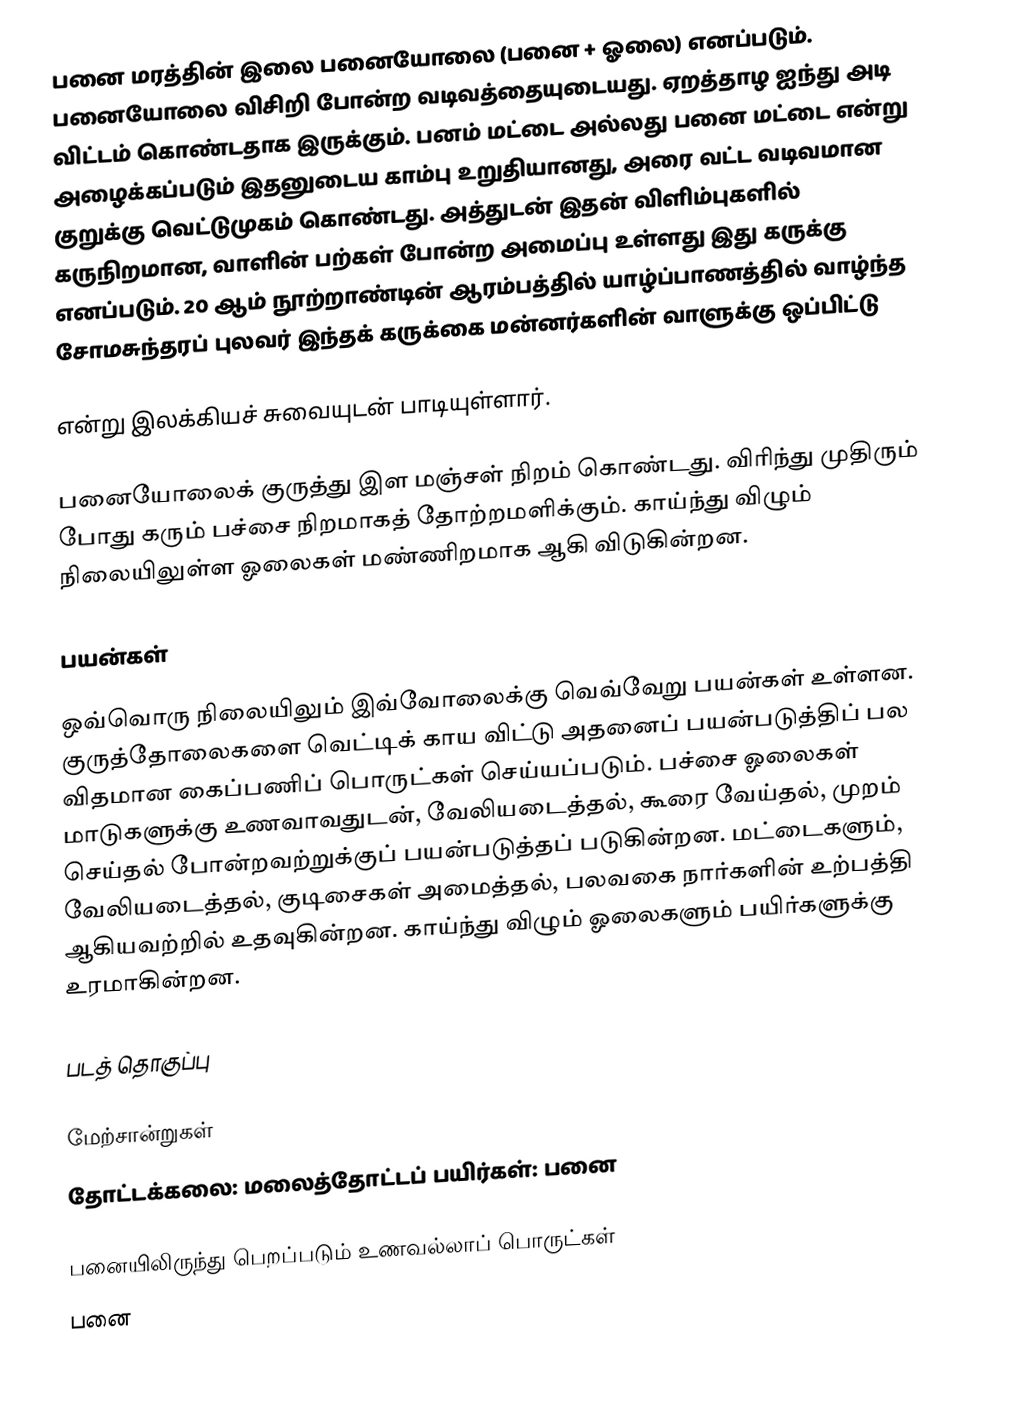
பனை மரத்தின் இலை பனையோலை (பனை + ஓலை) எனப்படும். பனையோலை விசிறி போன்ற வடிவத்தையுடையது. ஏறத்தாழ ஐந்து அடி விட்டம் கொண்டதாக இருக்கும். பனம் மட்டை அல்லது பனை மட்டை என்று அழைக்கப்படும் இதனுடைய காம்பு உறுதியானது, அரை வட்ட வடிவமான குறுக்கு வெட்டுமுகம் கொண்டது. அத்துடன் இதன் விளிம்புகளில் கருநிறமான, வாளின் பற்கள் போன்ற அமைப்பு உள்ளது இது கருக்கு எனப்படும். 20 ஆம் நூற்றாண்டின் ஆரம்பத்தில் யாழ்ப்பாணத்தில் வாழ்ந்த சோமசுந்தரப் புலவர் இந்தக் கருக்கை மன்னர்களின் வாளுக்கு ஒப்பிட்டு

என்று இலக்கியச் சுவையுடன் பாடியுள்ளார்.

பனையோலைக் குருத்து இள மஞ்சள் நிறம் கொண்டது. விரிந்து முதிரும் போது கரும் பச்சை நிறமாகத் தோற்றமளிக்கும். காய்ந்து விழும் நிலையிலுள்ள ஓலைகள் மண்ணிறமாக ஆகி விடுகின்றன.

பயன்கள்

ஒவ்வொரு நிலையிலும் இவ்வோலைக்கு வெவ்வேறு பயன்கள் உள்ளன. குருத்தோலைகளை வெட்டிக் காய விட்டு அதனைப் பயன்படுத்திப் பல விதமான கைப்பணிப் பொருட்கள் செய்யப்படும். பச்சை ஓலைகள் மாடுகளுக்கு உணவாவதுடன், வேலியடைத்தல், கூரை வேய்தல், முறம் செய்தல் போன்றவற்றுக்குப் பயன்படுத்தப் படுகின்றன. மட்டைகளும், வேலியடைத்தல், குடிசைகள் அமைத்தல், பலவகை நார்களின் உற்பத்தி ஆகியவற்றில் உதவுகின்றன. காய்ந்து விழும் ஓலைகளும் பயிர்களுக்கு உரமாகின்றன.

படத் தொகுப்பு

மேற்சான்றுகள்
தோட்டக்கலை: மலைத்தோட்டப் பயிர்கள்: பனை

பனையிலிருந்து பெறப்படும் உணவல்லாப் பொருட்கள்
பனை